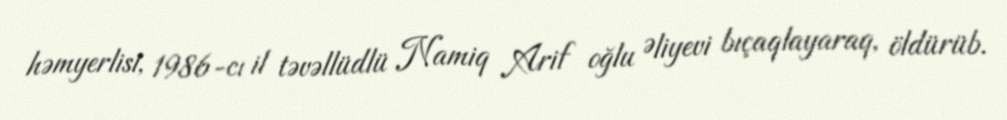
həmyerlisi, 1986-cı il təvəllüdlü Namiq Arif oğlu Əliyevi bıçaqlayaraq, öldürüb.